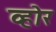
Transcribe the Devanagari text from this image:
व्होर